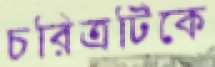
চরিত্রটিকে